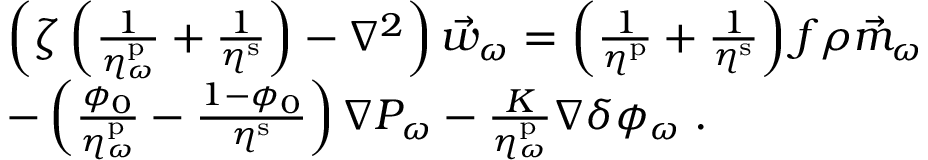
\begin{array} { r l } & { \left( \zeta \left( \frac { 1 } { \eta _ { \omega } ^ { \mathrm { p } } } + \frac { 1 } { \eta ^ { \mathrm { s } } } \right) - \nabla ^ { 2 } \right) \vec { w } _ { \omega } = \left( \frac { 1 } { \eta ^ { \mathrm { p } } } + \frac { 1 } { \eta ^ { \mathrm { s } } } \right) f \rho \vec { m } _ { \omega } } \\ & { - \left( \frac { \phi _ { 0 } } { \eta _ { \omega } ^ { \mathrm { p } } } - \frac { 1 - \phi _ { 0 } } { \eta ^ { \mathrm { s } } } \right) \nabla P _ { \omega } - \frac { K } { \eta _ { \omega } ^ { \mathrm { p } } } \nabla \delta \phi _ { \omega } \; . } \end{array}